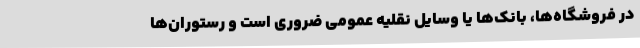
در فروشگاه‌ها، بانک‌ها یا وسایل نقلیه عمومی ضروری است و رستوران‌ها